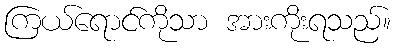
ကြယ်ရောင်ကိုသာ အားကိုးရသည်။